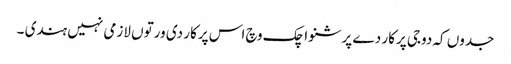
جدوں کہ دوجی پرکار دے پرشنواچک وچ اس پرکار دی ورتوں لازمی نہیں ہندی ۔